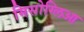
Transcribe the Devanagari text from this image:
मिसोग्लिआ